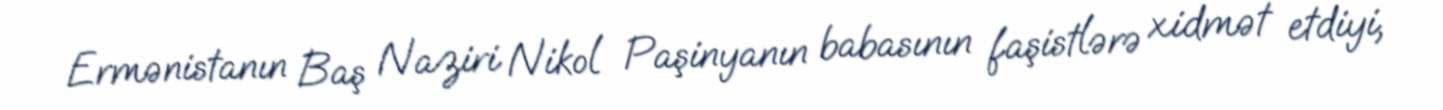
Ermənistanın Baş Naziri Nikol Paşinyanın babasının faşistlərə xidmət etdiyi,